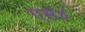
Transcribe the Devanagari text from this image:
एस४